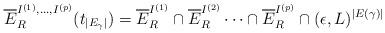
LaTeX: \begin{align*} \overline E^{I^{(1)}, \dots, I^{(p)}}_R(t_{|E_{\gamma}|}) = \overline{E}^{I^{(1)}}_{R} \cap \overline{E}^{I^{(2)}}_{R}\dots \cap \overline{E}^{I^{(p)}}_{R} \cap (\epsilon, L)^{|E(\gamma)|}\end{align*}